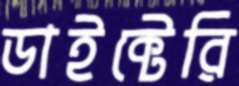
ডাইক্টেরি